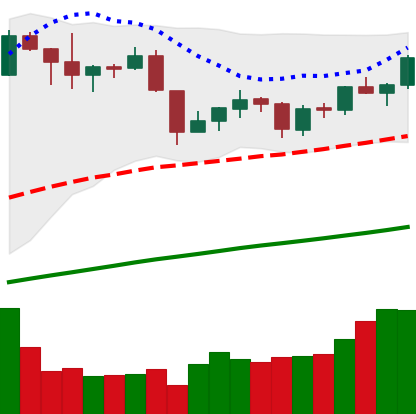
Ticker: XMR-USD
Chart end date: 2019-06-15
Forward return: 10.864%
Label: up_7plus